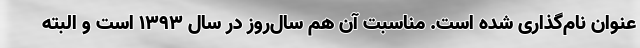
عنوان نام‌گذاری شده است. مناسبت آن هم ‌سال‌روز در سال 1393 است و البته